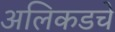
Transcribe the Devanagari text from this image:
अलिकडचे